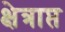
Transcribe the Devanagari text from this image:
क्षेत्राप्त